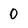
Character: 0